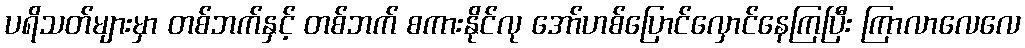
ပရိသတ်များမှာ တစ်ဘက်နှင့် တစ်ဘက် စကားနိုင်လု အော်ဟစ်ပြောင်လှောင်နေကြပြီး ကြာလာလေလေ